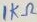
Text: 1KΩ